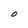
Character: O